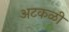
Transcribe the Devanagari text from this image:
अटकळी